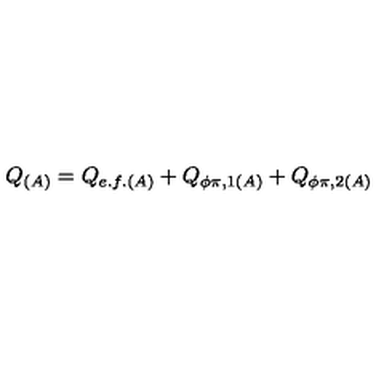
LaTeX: Q _ { ( A ) } = Q _ { e . f . ( A ) } + Q _ { \phi \pi , 1 ( A ) } + Q _ { \phi \pi , 2 ( A ) }